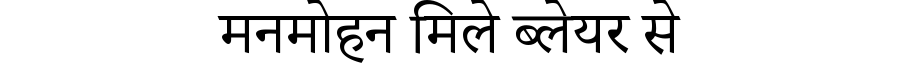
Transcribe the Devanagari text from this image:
मनमोहन मिले ब्लेयर से